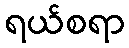
ရယ်စရာ